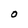
Character: O